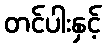
တင်ပါးနှင့်